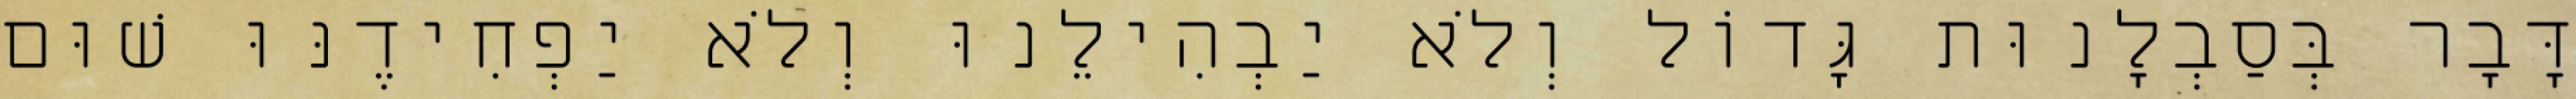
דָּבָר בְּסַבְלָנוּת גָּדוֹל וְלֹא יַבְהִילֵנוּ וְלֹא יַפְחִידֶנּוּ שׁוּם